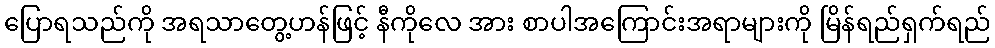
ပြောရသည်ကို အရသာတွေ့ဟန်ဖြင့် နီကိုလေ အား စာပါအကြောင်းအရာများကို မြိန်ရည်ရှက်ရည်